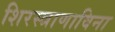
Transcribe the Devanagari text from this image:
शिरस्त्राणाविना